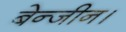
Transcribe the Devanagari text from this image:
बेन्जीन।